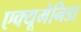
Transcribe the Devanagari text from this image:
एक्यूमेनिडा